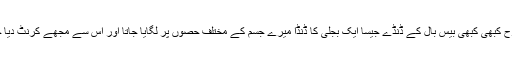
اسی طرح کبھی کبھی بیس بال کے ڈنڈے جیسا ایک بجلی کا ڈنڈا میرے جسم کے مختلف حصوں پر لگایا جاتا اور اس سے مجھے کرنٹ دیا جاتا تھا۔